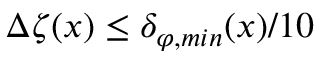
\Delta \zeta ( x ) \leq \delta _ { \varphi , m i n } ( x ) / 1 0